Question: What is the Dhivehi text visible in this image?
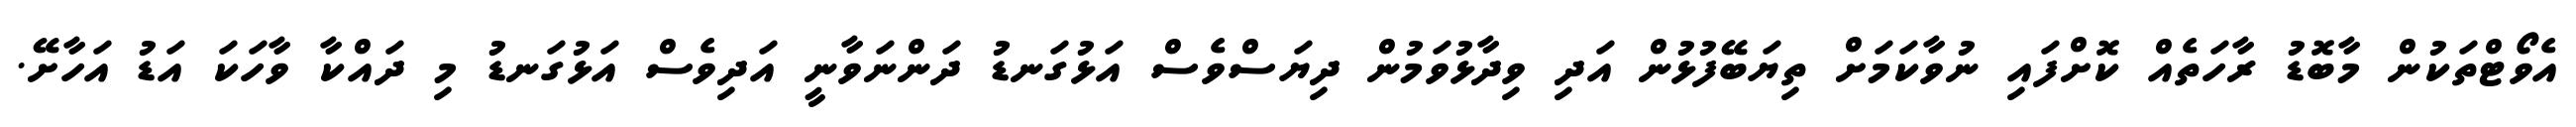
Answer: އެވޯޓްތަކުން މާބޮޑު ރާހަތެއް ކޮށްފައި ނުވާކަމަށް ތިޔަބޭފުޅުން އަދި ވިދާޅުވަމުން ދިޔަސްވެސް އަޅުގަނޑު ދަންނަވާނީ އަދިވެސް އަޅުގަނޑު މި ދައްކާ ވާހަކަ އަޑު އަހާށޭ.